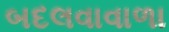
બદલવાવાળા